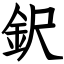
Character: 鈬